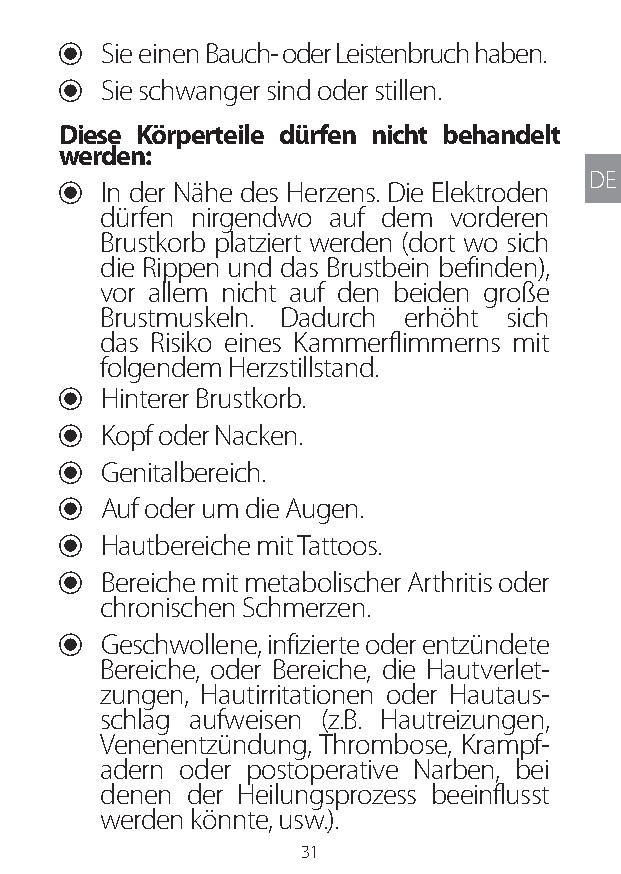
U Sie einen Bauch- oder Leistenbruch haben.
 U Sie schwanger sind oder stillen.
 Diese Körperteile dürfen nicht behandelt
 werden:
 DE
 U In der Nähe des Herzens. Die Elektroden
 dürfen nirgendwo auf dem vorderen
 Brustkorb platziert werden (dort wo sich
 die Rippen und das Brustbein befinden),
 vor allem nicht auf den beiden große
 Brustmuskeln. Dadurch erhöht sich
 das Risiko eines Kammerflimmerns mit
 folgendem Herzstillstand.
 U Hinterer Brustkorb.
 U Kopf oder Nacken.
 U Genitalbereich.
 U Auf oder um die Augen.
 U Hautbereiche mit Tattoos.
 U Bereiche mit metabolischer Arthritis oder
 chronischen Schmerzen.
 U Geschwollene, infizierte oder entzündete
 Bereiche, oder Bereiche, die Hautverlet-
 zungen, Hautirritationen oder Hautaus-
 schlag aufweisen (z.B. Hautreizungen,
 Venenentzündung, Thrombose, Krampf-
 adern oder postoperative Narben, bei
 denen der Heilungsprozess beeinflusst
 werden könnte, usw.).
 31
 Lipo UM EU124 3545B inside ALL EU124 ED296-24 release.indd 31 14/08/2018 10:57:33